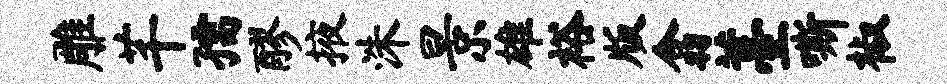
雕芊孺醪掖洙景雄裕版翕薹嘶椒